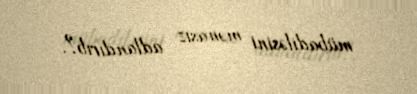
mübadiləsini mənasız adlandırıb?.